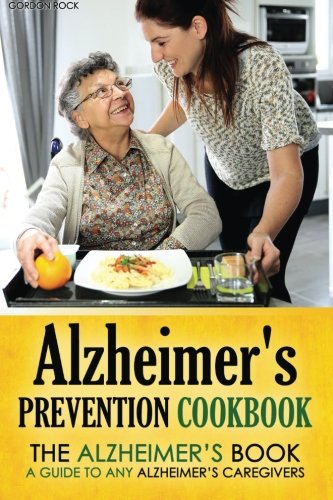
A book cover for Alzheimer's Prevention Cookbook: The Alzheimer's Book - a guide to any Alzheimer's Caregivers; Gordon Rock; Health, Fitness & Dieting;